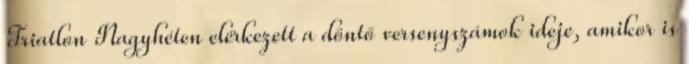
Triatlon Nagyhéten elérkezett a döntő versenyszámok ideje, amikor is